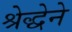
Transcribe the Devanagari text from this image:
श्रेद्धेने